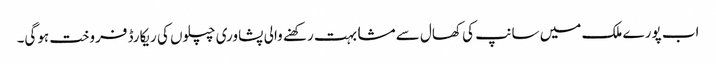
اب پورے ملک میں سانپ کی کھال سے مشابہت رکھنے والی پشاوری چپلوں کی ریکارڈ فروخت ہوگی۔